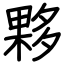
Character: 夥